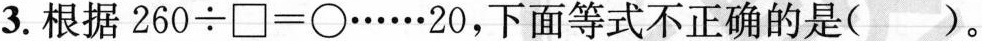
3.根据$$2 6 0 \div \Box = \bigcirc \ldots \ldots 2 0$$，下面等式不正确的是()。